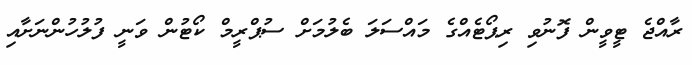
ރާއްޖެ ޓީވީން ފޮނުވި ރިޕޯޓެއްގެ މައްސަލަ ބެލުމަށް ސުޕްރީމް ކޯޓުން ވަނީ ފުލުހުންނަށާއި